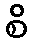
စိ